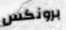
برونكس